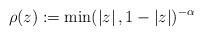
\begin{align*}\rho(z):= \min( \left\vert z \right\vert, 1 - \left\vert z \right\vert)^{ -\alpha}\end{align*}